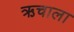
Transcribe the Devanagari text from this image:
ऋचाला